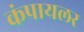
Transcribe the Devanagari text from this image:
कंपायलर